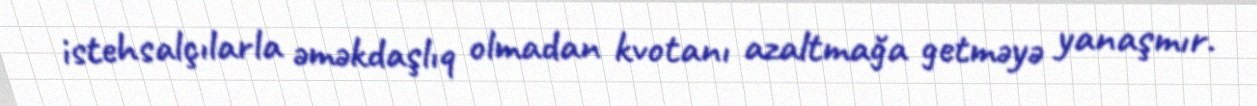
istehsalçılarla əməkdaşlıq olmadan kvotanı azaltmağa getməyə yanaşmır.